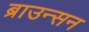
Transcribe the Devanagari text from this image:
ब्राउन्सन